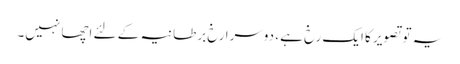
یہ تو تصویر کا ایک رخ ہے ، دوسرا رخ برطانیہ کے لئے اچھا نہیں۔